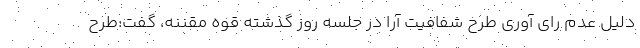
دلیل عدم رای آوری طرح شفافیت آرا در جلسه روز گذشته قوه مقننه، گفت:طرح